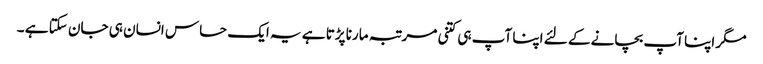
مگر اپنا آپ بچانے کے لئے اپنا آپ ہی کتنی مرتبہ مارنا پڑتا ہے یہ ایک حساس انسان ہی جان سکتا ہے ۔